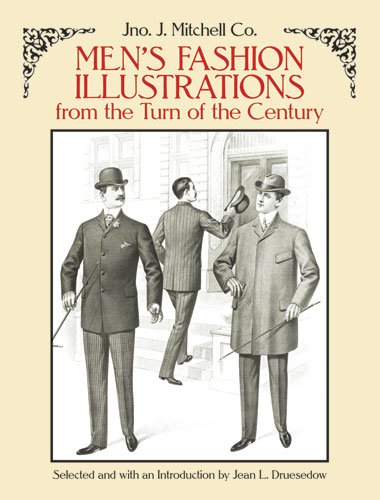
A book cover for Men's Fashion Illustrations from the Turn of the Century (Dover Fashion and Costumes); Jno. J. Mitchell Co.; Crafts, Hobbies & Home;